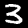
Digit: 3